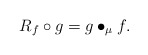
\begin{align*}R_f\circ g=g\bullet_\mu f.\end{align*}